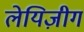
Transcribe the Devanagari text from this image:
लेयिज़ीग